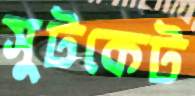
সুটকেট